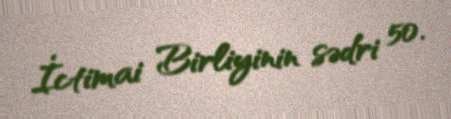
İctimai Birliyinin sədri 50.